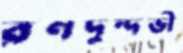
রণদুন্দভী